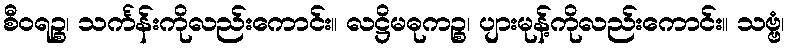
စီဝရဉ္စ၊ သင်္ကန်းကိုလည်းကောင်း။ လဋ္ဌိမဓုကဉ္စ၊ ပျားမုန့်ကိုလည်းကောင်း။ သဗ္ဗံ၊